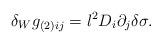
LaTeX: \begin{align*}\delta_W g_{(2)ij}=l^2 D_i \partial_j \delta\sigma.\end{align*}